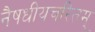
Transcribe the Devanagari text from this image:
नैषधीयचरितम्‌